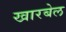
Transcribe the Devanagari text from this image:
खारबेल